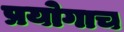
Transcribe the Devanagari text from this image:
प्रयोगाच